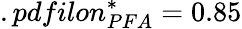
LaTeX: .pdfilon_{PFA}^{*}=0.85